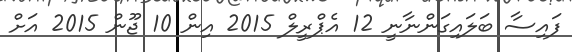
ފައިސާ ބަލައިގަންނާނީ 12 އެޕްރީލް 2015 އިން 10 ޖޫން 2015 އަށް